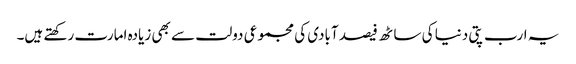
یہ ارب پتی دنیا کی ساٹھ فیصد آبادی کی مجموعی دولت سے بھی زیادہ امارت رکھتے ہیں۔